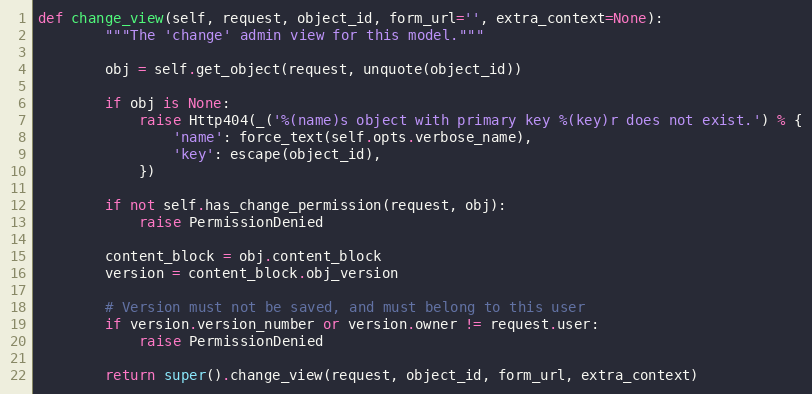
Language: Python
def change_view(self, request, object_id, form_url='', extra_context=None):
        """The 'change' admin view for this model."""

        obj = self.get_object(request, unquote(object_id))

        if obj is None:
            raise Http404(_('%(name)s object with primary key %(key)r does not exist.') % {
                'name': force_text(self.opts.verbose_name),
                'key': escape(object_id),
            })

        if not self.has_change_permission(request, obj):
            raise PermissionDenied

        content_block = obj.content_block
        version = content_block.obj_version

        # Version must not be saved, and must belong to this user
        if version.version_number or version.owner != request.user:
            raise PermissionDenied

        return super().change_view(request, object_id, form_url, extra_context)